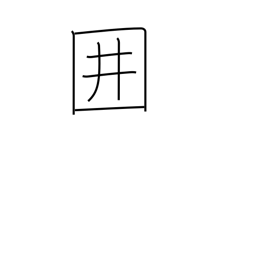
Meaning: paling